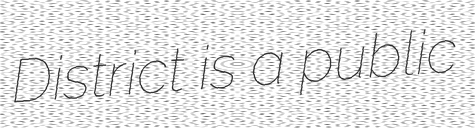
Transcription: District is a public